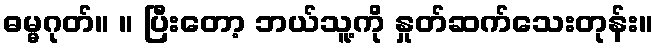
ဓမ္မဂုတ်။ ။ ပြီးတော့ ဘယ်သူ့ကို နှုတ်ဆက်သေးတုန်း။